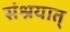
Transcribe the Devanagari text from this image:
संश्रयात्